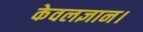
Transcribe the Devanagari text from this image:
केवलज्ञान।